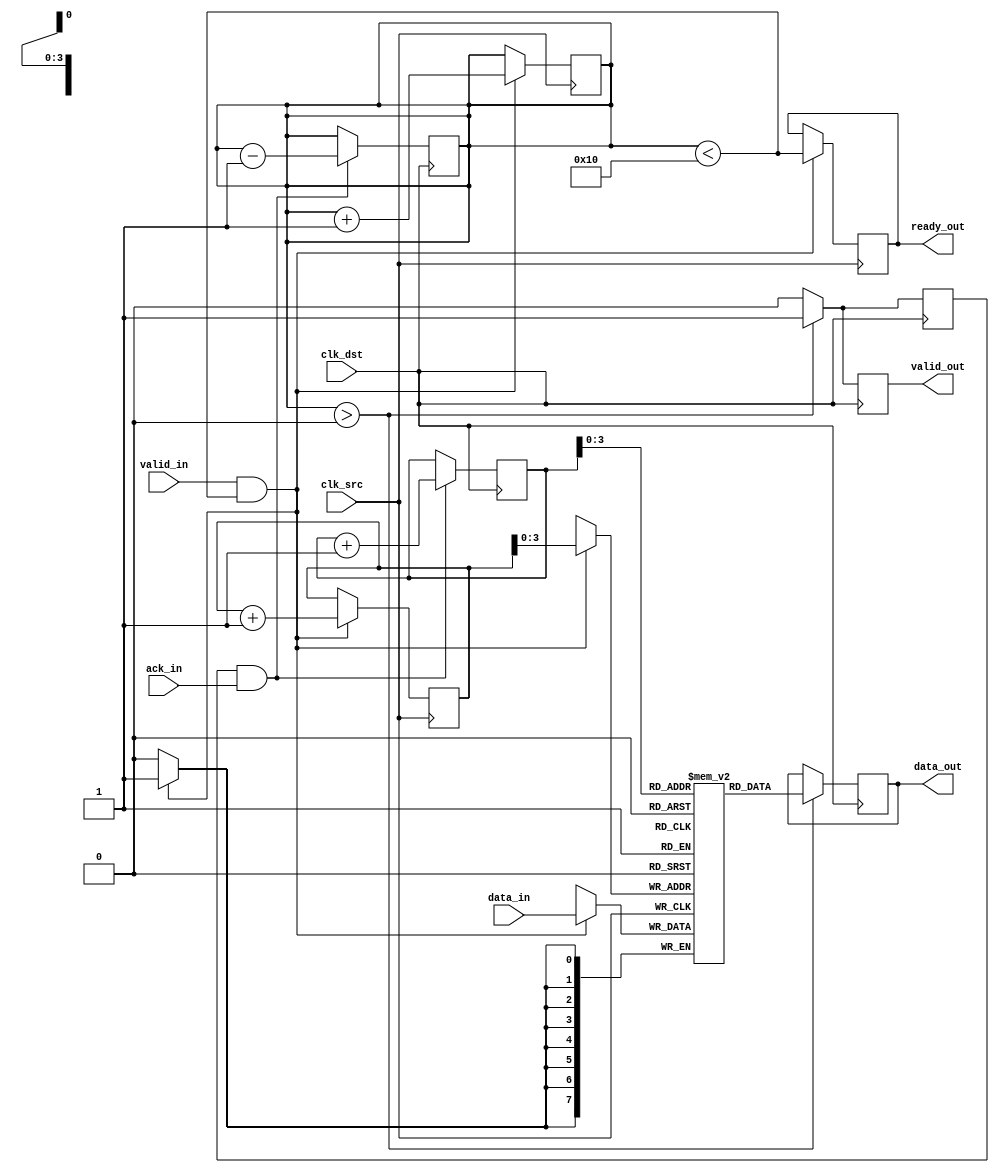
module burst_mode_synchronizer #(
    parameter DATA_WIDTH = 8,
    parameter FIFO_DEPTH = 16
)(
    input wire            clk_src,         // Source clock
    input wire            clk_dst,         // Destination clock
    input wire [DATA_WIDTH-1:0] data_in,   // Data input from source
    input wire            valid_in,        // Valid signal from source
    output reg           ready_out,       // Ready signal to source
    output reg [DATA_WIDTH-1:0] data_out,  // Data output for destination
    output reg           valid_out,       // Valid signal to destination
    input wire           ack_in           // Acknowledge signal from destination
);

    // FIFO buffer
    reg [DATA_WIDTH-1:0] fifo_buffer[FIFO_DEPTH-1:0];
    reg [5:0] wr_ptr = 0;                  // Write pointer
    reg [5:0] rd_ptr = 0;                  // Read pointer
    reg [5:0] fifo_count = 0;              // FIFO count

    // Handshake logic
    reg sync_valid = 0;
    reg sync_ack = 0;

    // Write data to FIFO on valid signal
    always @(posedge clk_src) begin
        if (valid_in && (fifo_count < FIFO_DEPTH)) begin
            fifo_buffer[wr_ptr] <= data_in;
            wr_ptr <= wr_ptr + 1;
            fifo_count <= fifo_count + 1;
            ready_out <= (fifo_count < FIFO_DEPTH);
        end
    end

    // Control synchronization and burst transfer to destination domain
    always @(posedge clk_dst) begin
        if (fifo_count > 0) begin
            data_out <= fifo_buffer[rd_ptr];
            valid_out <= 1;                     // Assert valid output
            sync_valid <= 1;                    // Assert sync valid
        end
        else begin
            valid_out <= 0;                     // Deassert valid output
            sync_valid <= 0;                    // Deassert sync valid
        end

        // Acknowledge logic
        if (sync_valid && ack_in) begin
            rd_ptr <= rd_ptr + 1;
            fifo_count <= fifo_count - 1;
            sync_ack <= 1;                     // Acknowledge the received data
        end else begin
            sync_ack <= 0;
        end
    end

endmodule